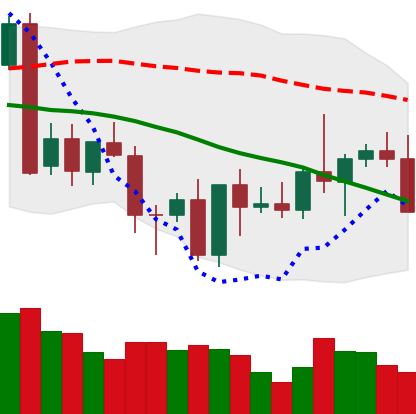
Ticker: XMR-USD
Chart end date: 2022-10-01
Forward return: 5.863%
Label: up_5_7